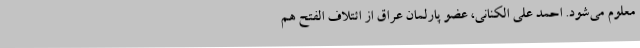
معلوم می‌شود. احمد علی الکنانی، عضو پارلمان عراق از ائتلاف الفتح هم